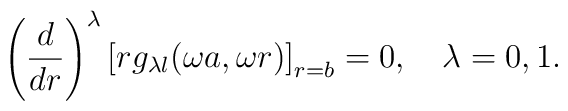
\left( \frac{d}{dr}\right) ^\lambda \left[ rg_{\lambda l}(\omega a,\omega r)\right] _{r=b}=0,\quad \lambda =0,1.